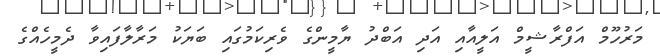
މަރުހޫމް އަފްރާޝީމް އަލީއާއި އަދި އަބްދު ޔާމީންގެ ވެރިކަމުގައި ބަޔަކު މަރާލާފައިވާ ދެމީހެއްގެ